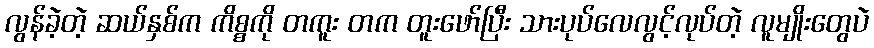
လွန်ခဲ့တဲ့ ဆယ်နှစ်က ကိစ္စကို တကူး တက တူးဖော်ပြီး သားပုပ်လေလွင့်လုပ်တဲ့ လူမျိုးတွေပဲ